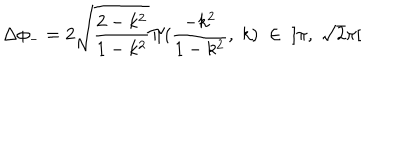
\Delta \phi _ { - } = 2 \sqrt { \frac { 2 - k ^ { 2 } } { 1 - k ^ { 2 } } } \Pi ( \frac { - k ^ { 2 } } { 1 - k ^ { 2 } } , \; k ) \; \in \; \; ] \pi , \; \sqrt { 2 } \pi [